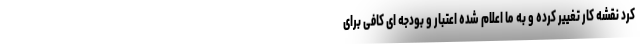
کرد نقشه کار تغییر کرده و به ما اعلام شده اعتبار و بودجه ای کافی برای